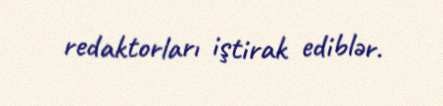
redaktorları iştirak ediblər.